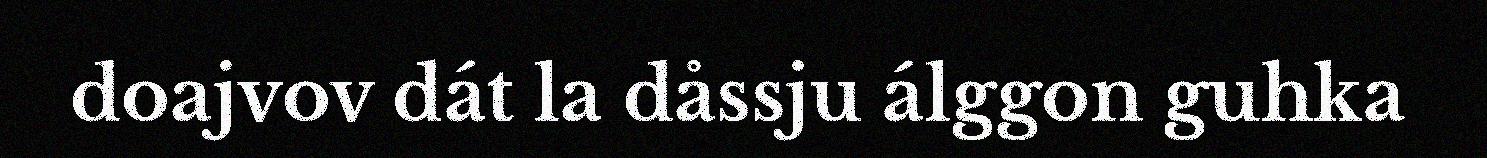
doajvov dát la dåssju álggon guhka